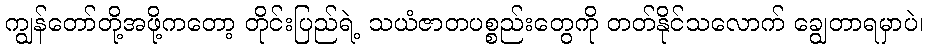
ကျွန်တော်တို့အဖို့ကတော့ တိုင်းပြည်ရဲ့ သယံဇာတပစ္စည်းတွေကို တတ်နိုင်သလောက် ချွေတာရမှာပဲ၊